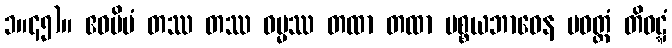
၁။၄၅)။ ဧဝမိမံ တဿ တဿ ဓမ္မဿ တထာ တထာ ပစ္စယဘာဝေန ပဝတ္တံ တိဝဋ္ဋံ